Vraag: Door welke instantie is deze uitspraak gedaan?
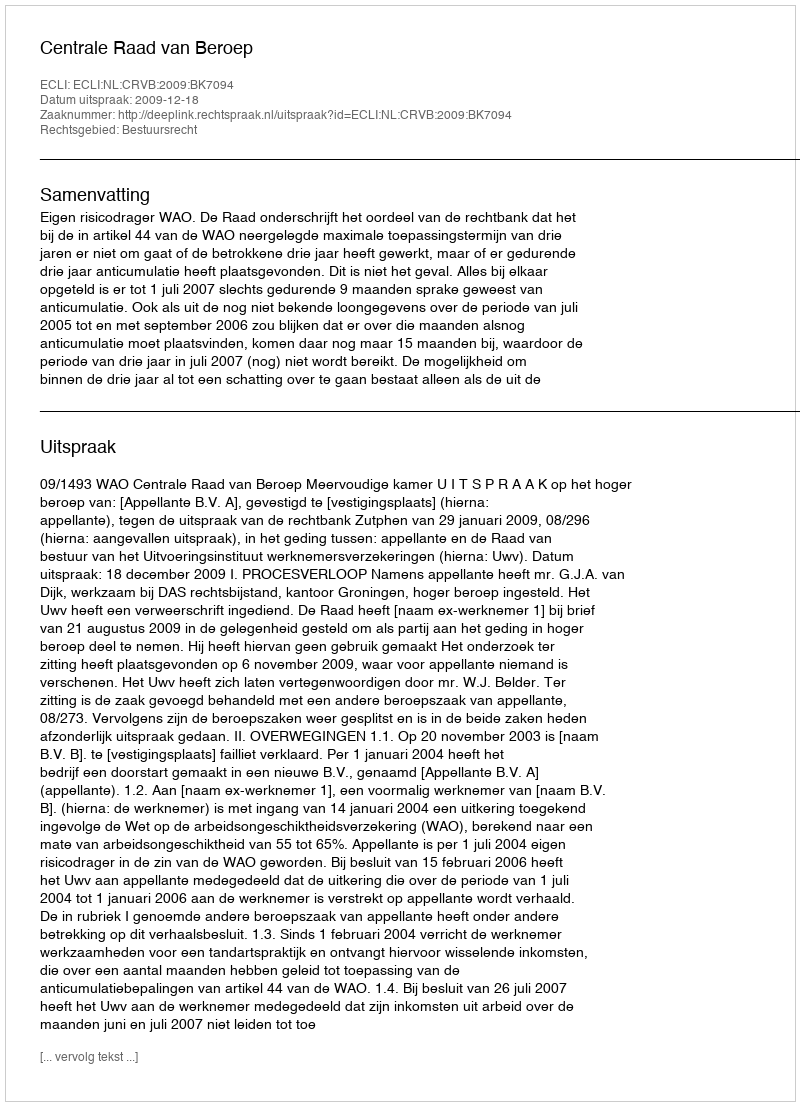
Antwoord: Centrale Raad van Beroep